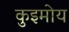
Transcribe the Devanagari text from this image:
कुइमोय